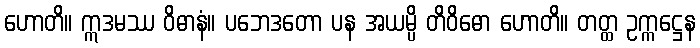
ဟောတိ။ ဣဒမဿ ဝိဓာနံ။ ပဘေဒတော ပန အယမ္ပိ တိဝိဓော ဟောတိ။ တတ္ထ ဥက္ကဋ္ဌေန